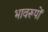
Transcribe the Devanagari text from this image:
भावरूपों